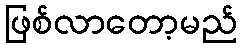
ဖြစ်လာတော့မည်